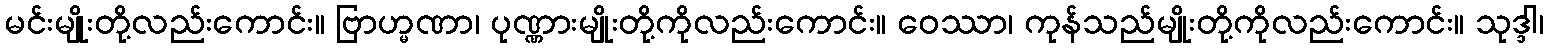
မင်းမျိုးတို့လည်းကောင်း။ ဗြာဟ္မဏာ၊ ပုဏ္ဏားမျိုးတို့ကိုလည်းကောင်း။ ဝေဿာ၊ ကုန်သည်မျိုးတို့ကိုလည်းကောင်း။ သုဒ္ဒါ၊